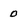
Character: 0